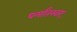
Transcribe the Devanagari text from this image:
धर्मांतरवर